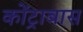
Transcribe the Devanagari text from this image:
कोंट्राबास